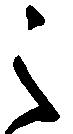
之